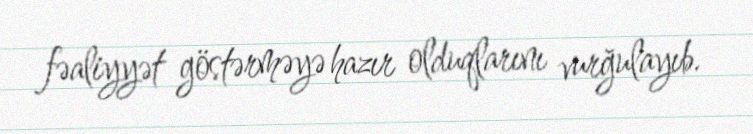
fəaliyyət göstərməyə hazır olduqlarını vurğulayıb.